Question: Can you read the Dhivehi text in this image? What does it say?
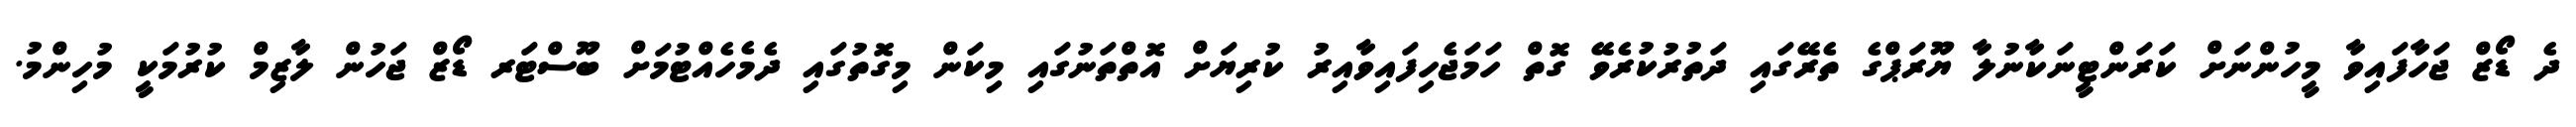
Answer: ދެ ޑޯޒް ޖަހާފައިވާ މީހުންނަށް ކަރަންޓީނަކާނުލާ ޔޫރަޕްގެ ތެރޭގައި ދަތުރުކުރެވޭ ގޮތް ހަމަޖެހިފައިވާއިރު ކުރިޔަށް އޮތްތަނުގައި މިކަން މިގޮތުގައި ދެމެހެއްޓުމަށް ބޫސްޓަރ ޑޯޒް ޖަހުން ލާޒިމް ކުރުމަކީ މުހިންމު.